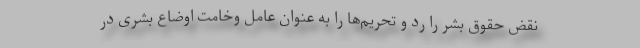
نقض حقوق بشر را رد و تحریم‌ها را به عنوان عامل وخامت اوضاع بشری در